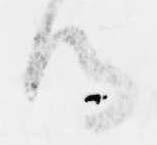
つ